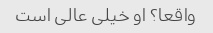
واقعا؟ او خیلی عالی است